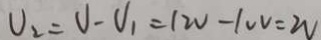
V _ { 2 } = V - V _ { 1 } = 1 2 V - 1 0 V = 2 V